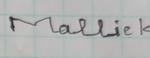
Signature authenticity: forged